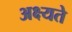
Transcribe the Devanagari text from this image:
अक्ष्यते